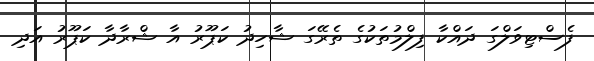
ފެސްޓިވަލްގަ ދައްކާ ފިލްމުތަކުގެ ތެރޭގަ ޝާހިދު ކަޕޫރު އާ ޝްރާދާ ކަޕޫރު އަދި